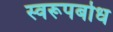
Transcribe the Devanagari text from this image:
स्वरूपबोध